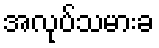
အလုပ်သမားခ